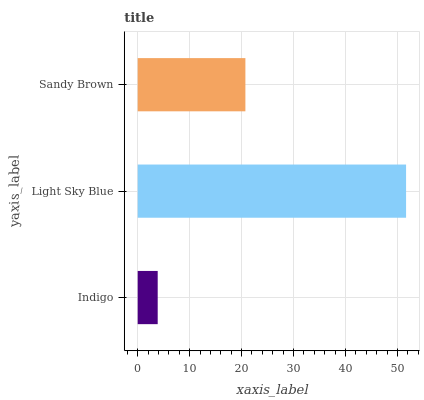
| yaxis_label | bars |
 | --- | --- |
 | Indigo | 3.85 |
 | Light Sky Blue | 51.7 |
 | Sandy Brown | 20.7 |